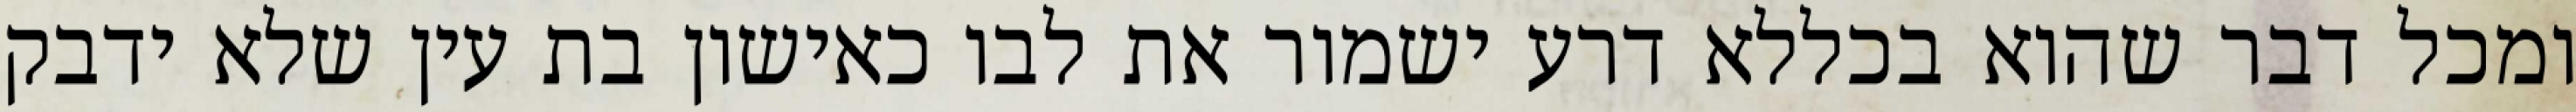
ומכל דבר שהוא בכללא דרע ישמור את לבו כאישון בת עין שלא ידבק